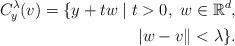
LaTeX: \begin{align*}C^{\lambda}_{y}(v) = \{ y + tw \mid t>0, \ w \in \mathbb{R}^d, \\|w-v\| < \lambda \}.\end{align*}